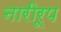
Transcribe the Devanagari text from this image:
नारीरूप